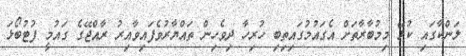
ލަންކާގައި ކުޅޭ މިމުބާރާތަށް އެގައުމުގައިތިބި ހުރިހާ ދިވެހިން ތައްޔާރުވެފައިވާއިރު ރާއްޖޭގެ ގައުމީ ފުޓުބޯޅަ